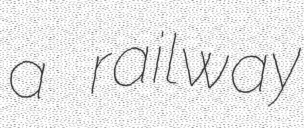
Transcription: a railway